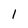
Character: 1